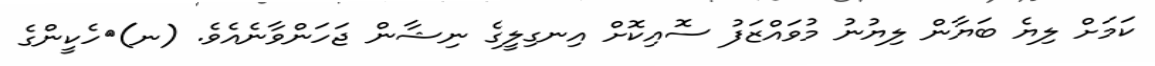
ކަމަށް ލިޔެ ބަޔާން ލިޔުނު މުވައްޒަފު ސޮއިކޮށް އިނގިލީގެ ނިޝާން ޖަހަންވާނެއެވެ. (ނ)	ހެކީންގެ